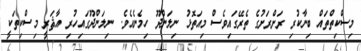
މިސްކިތްތައް ބިނާކުރި ރަށްރަށުގެ ތެރޭގައިވެސް މިއަތޮޅު ނިލަންދޫ ހިމެނެއެވެ. ނިލަންދޫގައިހުރި އާޘަރީ މިސްކިތަކީ